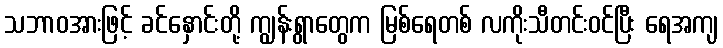
သဘာဝအားဖြင့် ခင်နှောင်းတို့ ကျွန်းရွာတွေက မြစ်ရေတစ် လကိုးသီတင်းဝင်ပြီး ရေအကျ